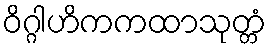
ဝိဂ္ဂါဟိကကထာသုတ္တံ